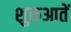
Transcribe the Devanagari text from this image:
शुरुआतें